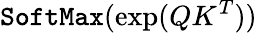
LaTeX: {\texttt{SoftMax}}(\exp(QK^{T}))